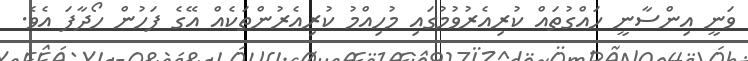
ވަނީ އިންސާނީ ހައްގުތައް ކުރިއެރުވުމުގައި މުހިއްމު ކުރިއެރުންތަކެއް އޭގެ ފަހުން ހޯދާފަ އެވެ.